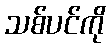
သစ်ပင်ကို